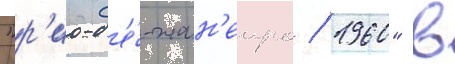
"р'ио-д'е́-жан'еиро / 1960" в